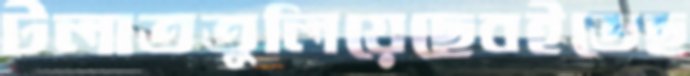
টলাততুলিয়েছেবইতেছ